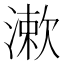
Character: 漱